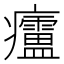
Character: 𱱲